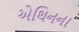
એથિનના